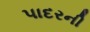
પાદરની